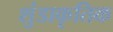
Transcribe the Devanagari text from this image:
शुंडाकृतिक